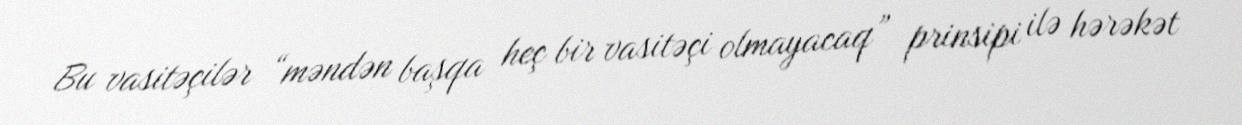
Bu vasitəçilər “məndən başqa heç bir vasitəçi olmayacaq” prinsipi ilə hərəkət